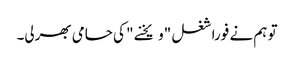
تو ہم نے فورا شغل "ویخنے " کی حامی بھرلی۔